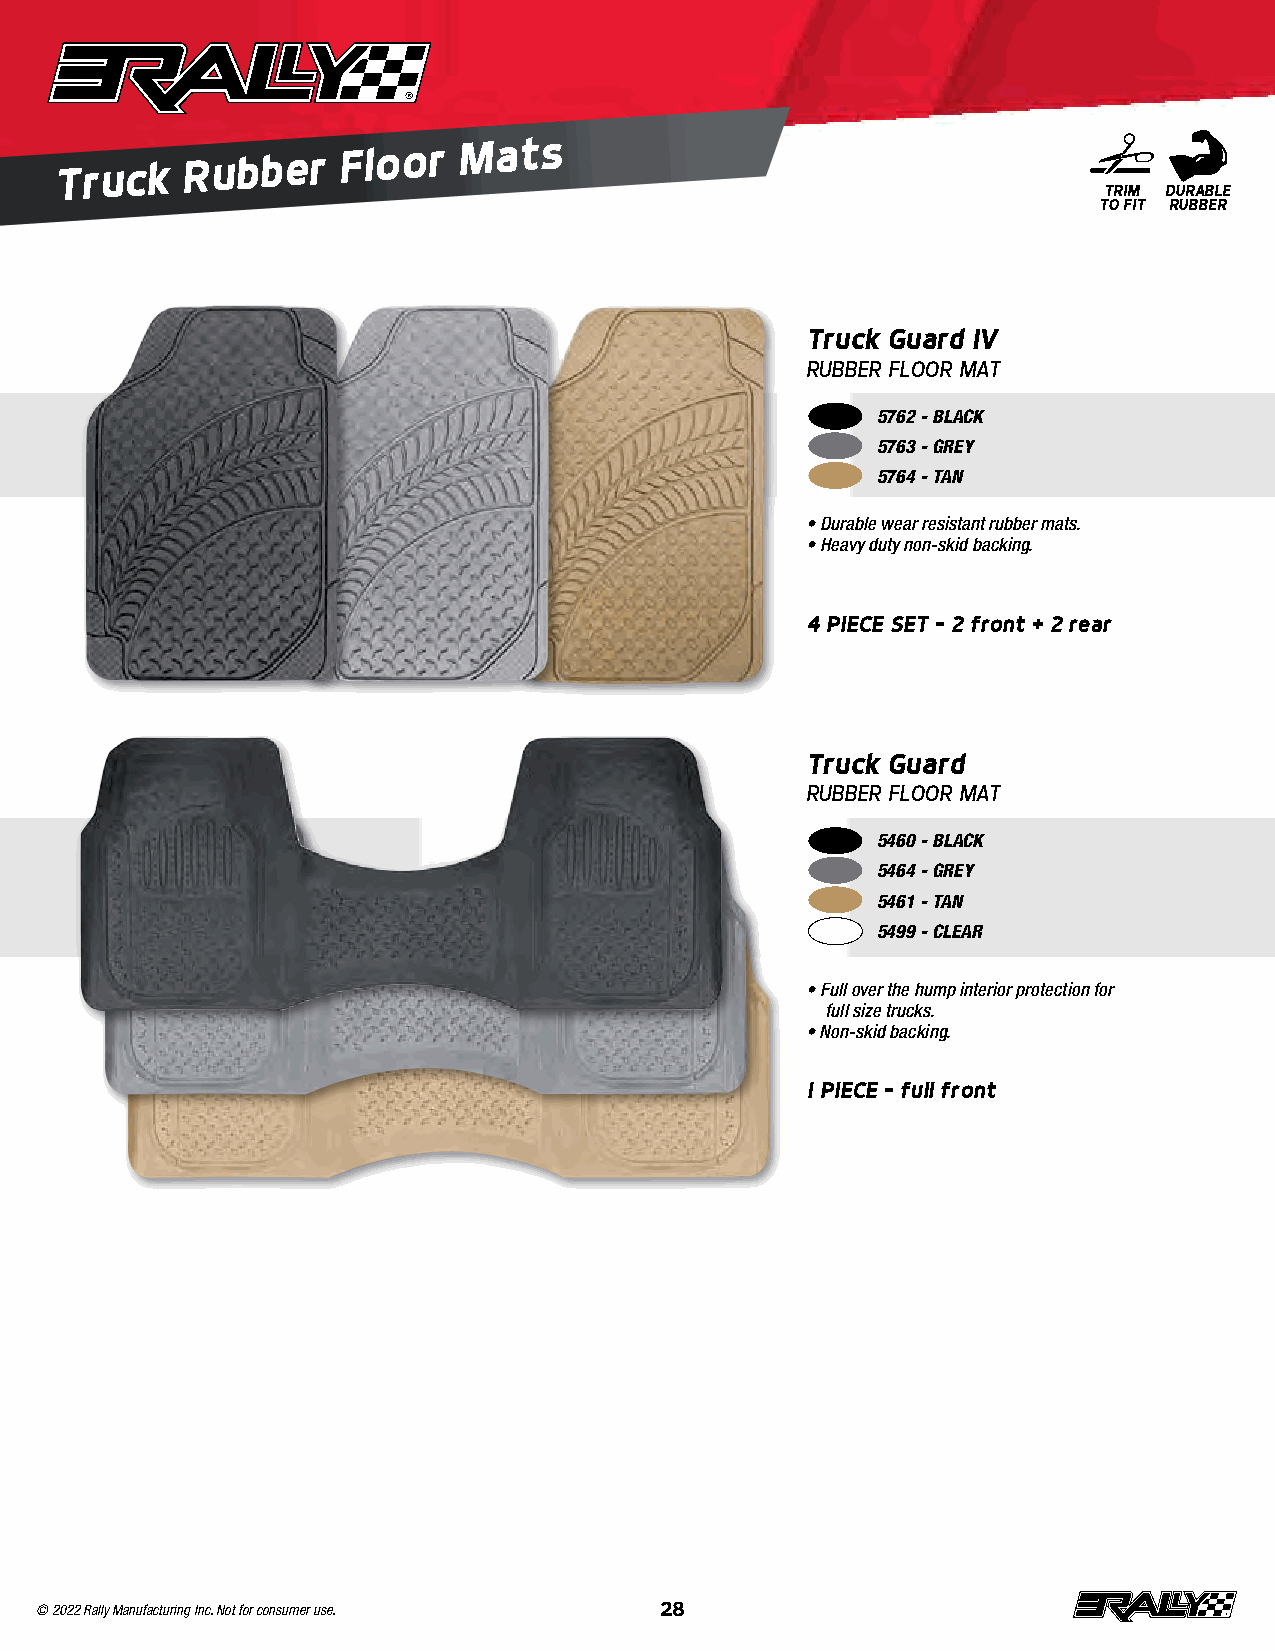
Truck
 Rubber
 Floor
 Mats
 TRIM DURABLE
 TO FIT RUBBER
 Truck Guard IV
 RUBBER FLOOR MAT
 5762 - BLACK
 5763 - GREY
 5764 - TAN
 • Durable wear resistant rubber mats .
 • Heavy duty non-skid backing .
 4 PIECE SET – 2 front + 2 rear
 Truck Guard
 RUBBER FLOOR MAT
 5460 - BLACK
 5464 - GREY
 5461 - TAN
 5499 - CLEAR
 • Full over the hump interior protection for
 full size trucks .
 • Non-skid backing .
 1 PIECE – full front
 © 2022 Rally Manufacturing Inc. Not for consumer use. 28